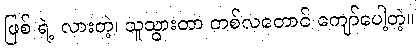
ဖြစ် ရဲ့ လားတဲ့၊ သူသွားတာ တစ်လတောင် ကျော်ပေါ့တဲ့။